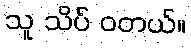
သူ သိပ် ဝတယ်။